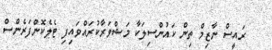
ރައީސް ނާޒިމް ތިން ކައުންސިލަކާ މަޝްވަރާކުރައްވައިފި ޓެލެކޮންފަރެންސް